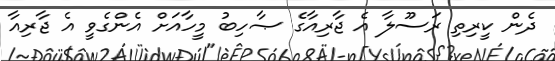
ދެން ކީރިތި ރަސޫލާ އެ ޖާރިއާގެ ޞާހިބު މީހާއަށް އެންގެވީ އެ ޖާރިއާ